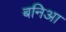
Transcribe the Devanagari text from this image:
बनिआ